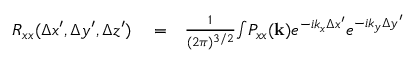
\begin{array} { r l r } { R _ { x x } ( \Delta x ^ { \prime } , \Delta y ^ { \prime } , \Delta z ^ { \prime } ) } & { { } = } & { \frac { 1 } { ( 2 \pi ) ^ { 3 / 2 } } { \int } P _ { x x } ( \mathbf { k } ) e ^ { - i k _ { x } \Delta x ^ { \prime } } e ^ { - i k _ { y } \Delta y ^ { \prime } } } \end{array}